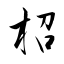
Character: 柖